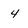
Character: 4